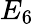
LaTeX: E_{6}